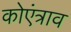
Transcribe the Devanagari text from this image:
कोएंत्राव